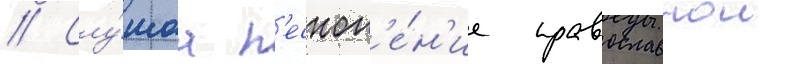
// Слу́шаа п'есноп'е́н'ие православнои